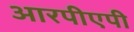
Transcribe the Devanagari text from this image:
आरपीएपी